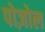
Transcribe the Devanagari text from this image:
पोज़ोल